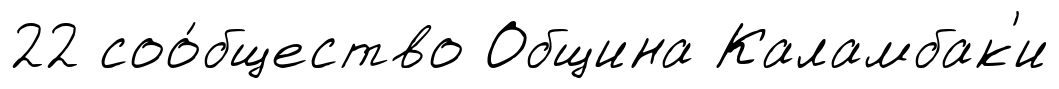
22 соо́бщество Община Каламбак'и